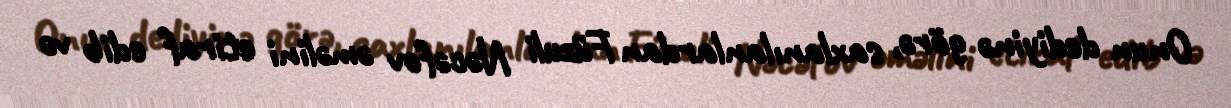
Onun dediyinə görə, saxlanılanlardan Füzuli Nəcəfov əməlini etiraf edib və